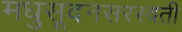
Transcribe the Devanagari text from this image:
मधुसूदनसरस्वती